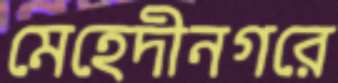
মেহেদীনগরে